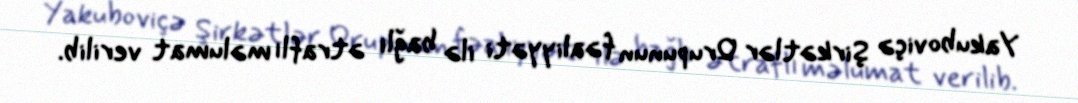
Yakuboviçə Şirkətlər Qrupunun fəaliyyəti ilə bağlı ətraflı məlumat verilib.